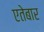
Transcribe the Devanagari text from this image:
एतेबार